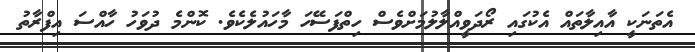
އެތަނަކީ އާއިލާތައް އެކުގައި ރޯދަވީއްލާލުމަށްވެސް ހިތްފަސޭހަ މާހައުލެކެވެ. ކޮންމެ ދުވަހު ހާއްސަ އިފްރާތު